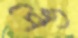
পেঙ